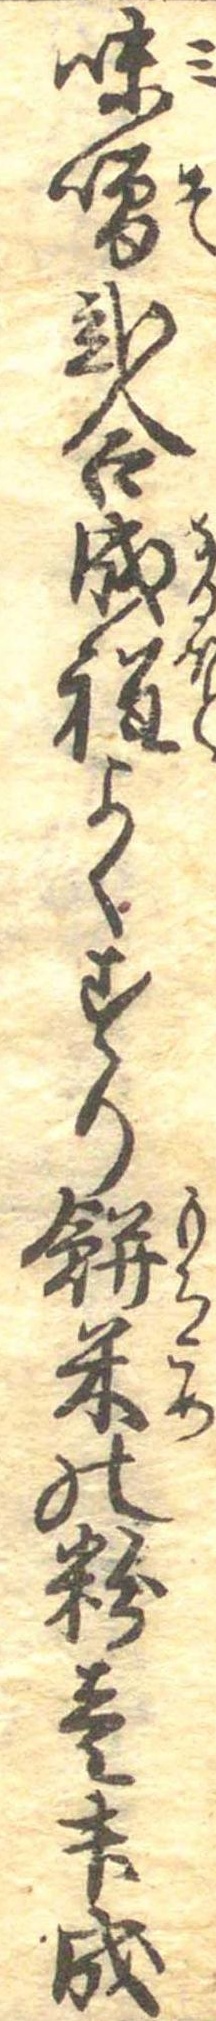
味噌弐合成程よくすり餅米の粉壱升成